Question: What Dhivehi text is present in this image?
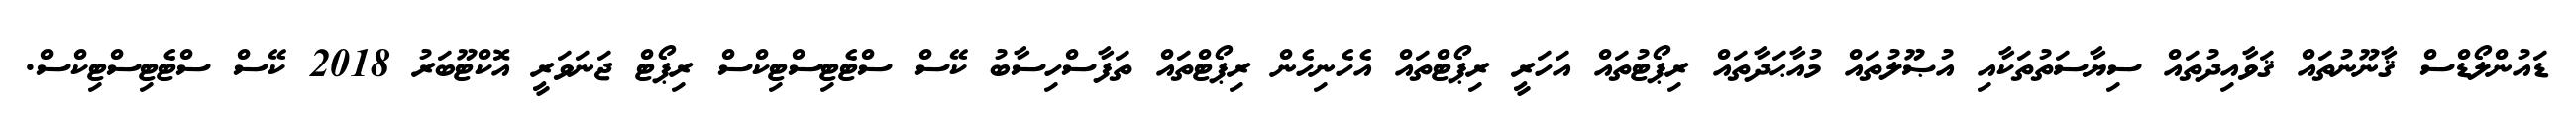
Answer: ޑައުންލޯޑްސް ޤާނޫނުތައް ޤަވާއިދުތައް ސިޔާސަތުތަކާއި އުޞޫލުތައް މުއާޙަދާތައް ރިޕޯޓުތައް އަހަރީ ރިޕޯޓްތައް އެހެނިހެން ރިޕޯޓްތައް ތަފާސްހިސާބު ކޭސް ސްޓެޓިސްޓިކްސް ރިޕޯޓް ޖަނަވަރީ އޮކްޓޫބަރު 2018 ކޭސް ސްޓެޓިސްޓިކްސް.